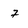
Character: 7